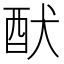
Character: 䣭